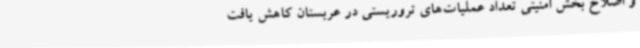
و اصلاح بخش امنیتی تعداد عملیات‌های تروریستی در عربستان کاهش یافت